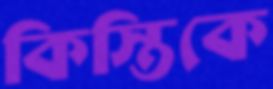
কিস্তিকে